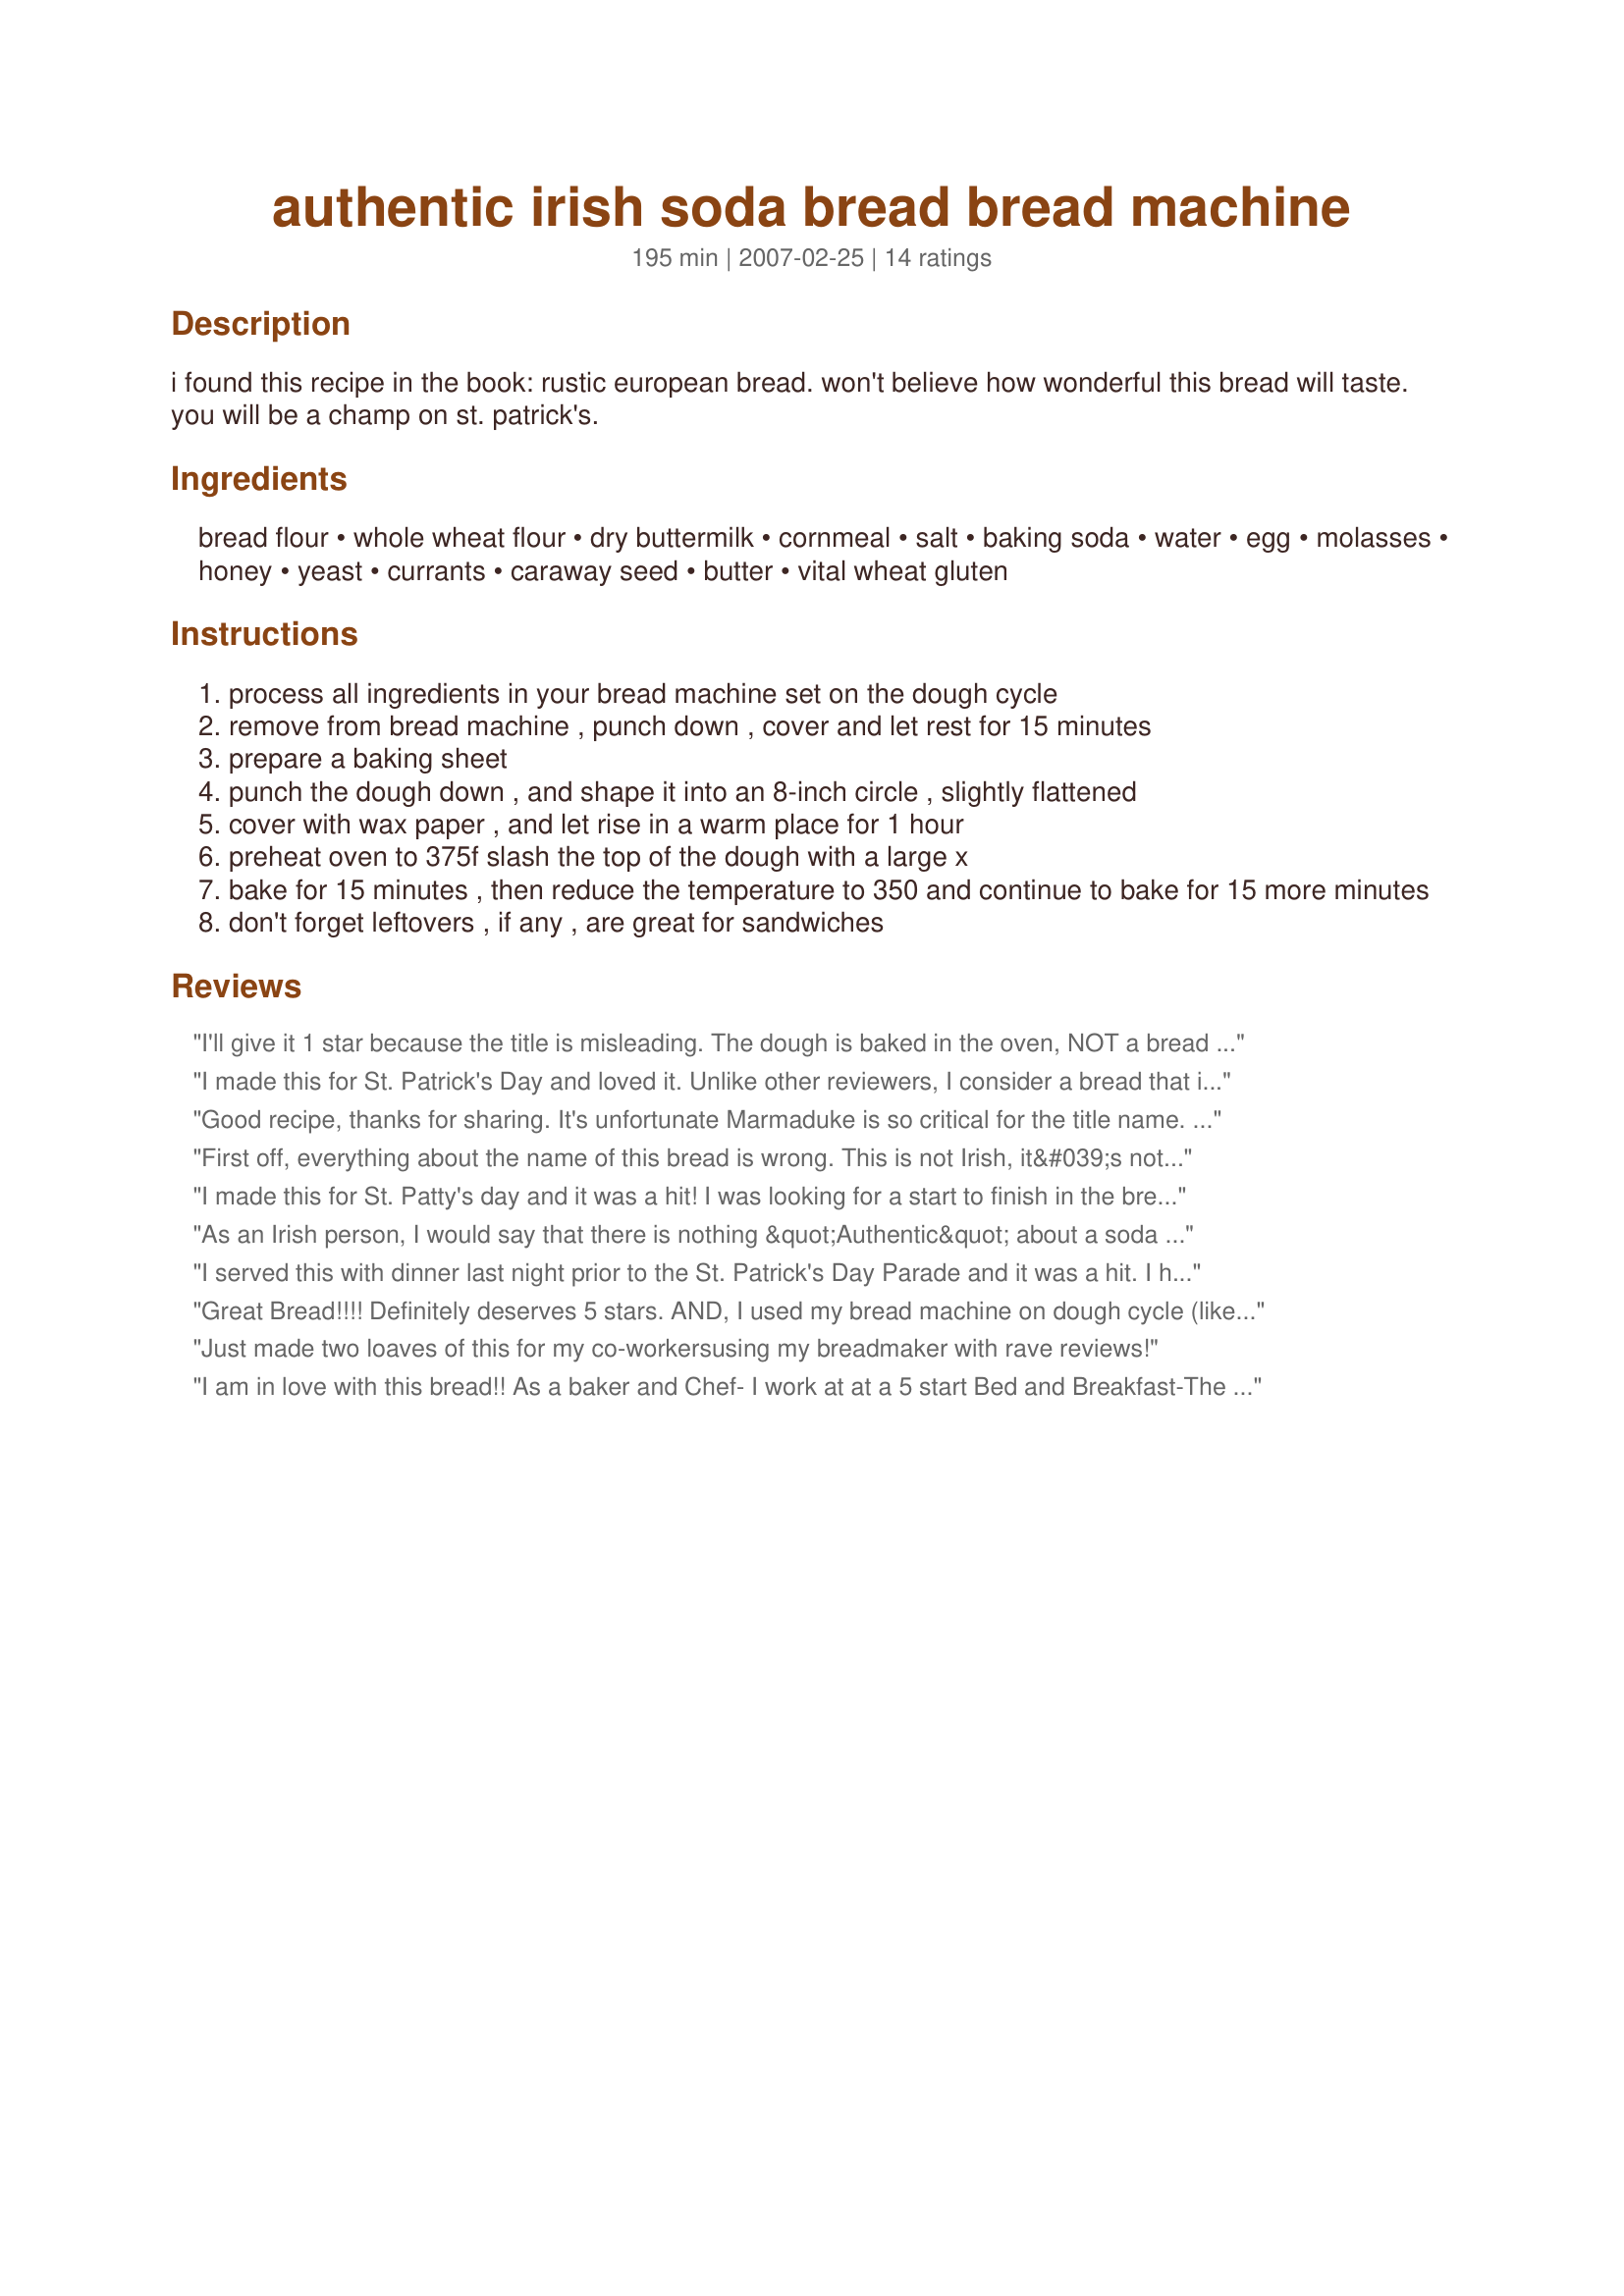
authentic irish soda bread bread machine
Preparation time: 195 minutes

i found this recipe in the book: rustic european bread. won't believe how wonderful this bread will taste. you will be a champ on st. patrick's.

Ingredients:
bread flour, whole wheat flour, dry buttermilk, cornmeal, salt, baking soda, water, egg, molasses, honey, yeast, currants, caraway seed, butter, vital wheat gluten

Steps:
process all ingredients in your bread machine set on the dough cycle
remove from bread machine , punch down , cover and let rest for 15 minutes
prepare a baking sheet
punch the dough down , and shape it into an 8-inch circle , slightly flattened
cover with wax paper , and let rise in a warm place for 1 hour
preheat oven to 375f slash the top of the dough with a large x
bake for 15 minutes , then reduce the temperature to 350 and continue to bake for 15 more minutes
don't forget leftovers , if any , are great for sandwiches

Reviews:
I'll give it 1 star because the title is misleading. The dough is baked in the oven, NOT a bread machine. Author could have easily said, stand mixer or left out the Bread Machine part. If a recipe says Bread Machine, it sould be in the Bread Machine, start to finish !
I made this for St. Patrick's Day and loved it. Unlike other reviewers, I consider a bread that is kneaded and has it's first rise in the bread machine and then taken out, shaped, allowed to rise again and then baked in the oven also a bread machine recipe. Using the bread machine for the time consuming kneading makes this a quick, easy and delicious loaf...don't reserve it just for the holiday!
Good recipe, thanks for sharing. It's unfortunate Marmaduke is so critical for the title name. I'm thinking the original recipe was for a bread machine & it has been amended for the oven... that works great for me cause that is one appliance I don't own.
First off, everything about the name of this bread is wrong. This is not Irish, it&#039;s not a soda bread, and you don&#039;t need a bread maker since it doesn&#039;t even bake in the thing.

Irish breads don&#039;t have molasses and caraway seed in them. Soda breads don&#039;t have yeast in them. The soda and the buttermilk are what is supposed to cause the rising (hence &quot;SODA bread&quot;).

Also, this bread tastes bad. Like a sweetened rye. I don&#039;t know where you found this &quot;rustic&quot; recipe, but throw it out.
I made this for St. Patty's day and it was a hit! I was looking for a start to finish in the bread machine too but taste wise, it deserves 5 stars! I did leave out the raisins, caraway, and gluten b/c I had none. Also, my active yeast worked fine. I will definitely make this again.
As an Irish person, I would say that there is nothing &quot;Authentic&quot; about a soda bread recipe that uses molasses, yeast, bread flour and about 3 times the ingredients of a truly authentic Irish Soda. There should be soft plain flour, buttermilk, salt, baking soda and possibly/occasionally sultanas or raisins. Thats it. I&#039;m sure this bread is tasty but it is not Irish Soda Bread.
I served this with dinner last night prior to the St. Patrick's Day Parade and it was a hit. I had no leftovers. I did have a friend from Scotland at dinner who said this was more of an American version due to the sweetness of it but still liked it. It was the perfect texture.
Great Bread!!!! Definitely deserves 5 stars. AND, I used my bread machine on dough cycle (like I ALWAYS do) and baked in the oven.
Just made two loaves of this for my co-workers<br/>using my breadmaker with rave reviews!
I am in love with this bread!! As a baker and Chef- I work at at a 5 start Bed and Breakfast-The guests get a 4 course meal, appetizers and deserts. They loved this bread! It was the first time I made it- I made 2 loaves, 1 came out a bit under cooked inside, totally my fault and the other came out beautiful!! Thank you so much. I know this isnt &quot;the real Irish soda bread&quot; it sure is the closest!! Thank you so much
Oh--this was wonderful! And, because I let the bread machine do ALL the work, so easy! Instead of taking out the dough, I set the bread machine to a full cycle with light crust and the bread was perfect. Thanks for a great recipe!
tried this last nite, and it was ok. I found it took longer baking time also.
Fabulous! I made this exactly as stated with one TINY change; I had no molasses or black treacle, so I added extra honey. This was just fantastic - my family raved over it; we ate it with fresh figs and cheese last night and have had sandwiches with it today. I am not sure that it is Irish Soda Bread as I know it, which has no yeast, fruit and caraway seeds.........but, never mind, it will be on our menu many times in the future as the taste was sublime! And you are 100% correct Engineer in the Kitchen, anyone who makes this for the 17th March will be a big CHAMP!! A wonderful bread recipe, many thanks for posting this recipe - FT:-)Made for a Camera-less Chef Tag Game,2007.
Don't reserve this recipe only for St. Patrick's Day. It produces a beautiful, moist, round tea bread. Everyone wanted seconds.
